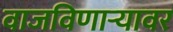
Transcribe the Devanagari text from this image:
वाजविणार्‍यावर